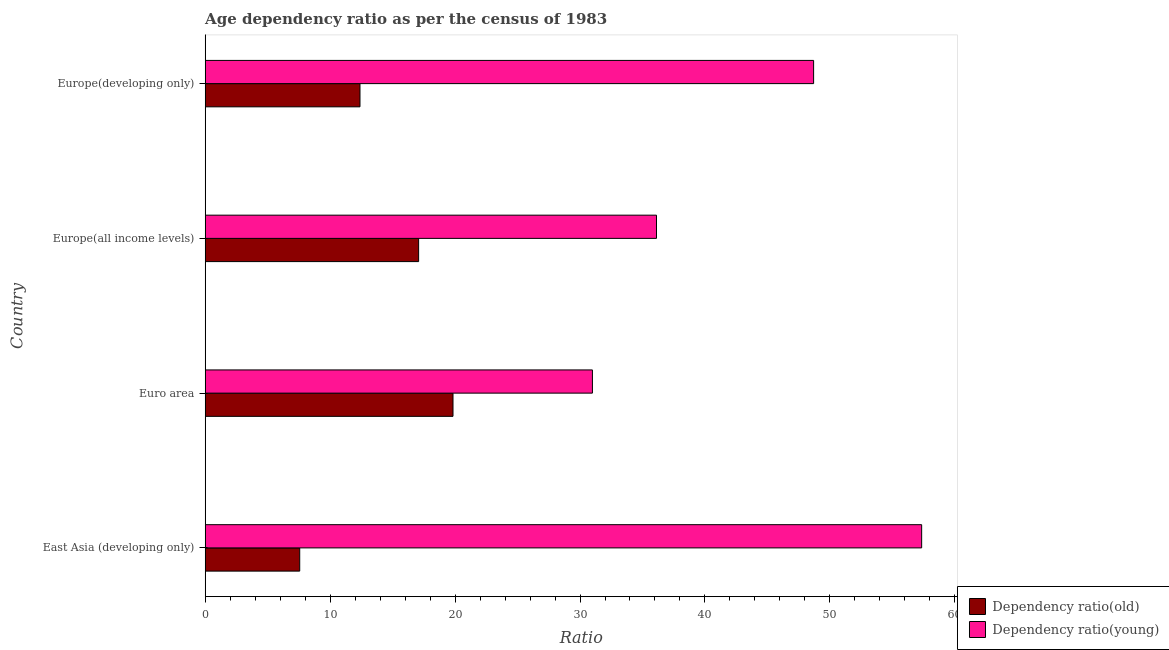
| Country | Dependency ratio(old) | Dependency ratio(young) |
 | --- | --- | --- |
 | East Asia (developing only) | 7.57 | 57.3 |
 | Euro area | 19.8 | 31 |
 | Europe(all income levels) | 17.1 | 36.1 |
 | Europe(developing only) | 12.4 | 48.7 |